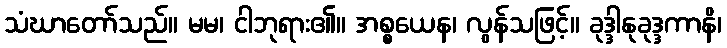
သံဃာတော်သည်။ မမ၊ ငါဘုရား၏။ အစ္စယေန၊ လွန်သဖြင့်။ ခုဒ္ဒါနုခုဒ္ဒကာနိ၊